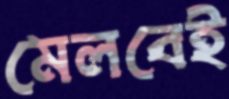
মেলবেই